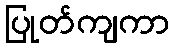
ပြုတ်ကျကာ